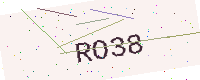
Text: RO38